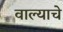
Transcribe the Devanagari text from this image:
वाल्याचे